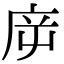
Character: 㡿